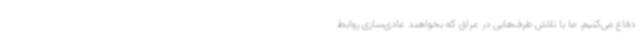
دفاع می‌کنیم. ما با تلاش طرف‌هایی در عراق که بخواهند عادی‌سازی روابط